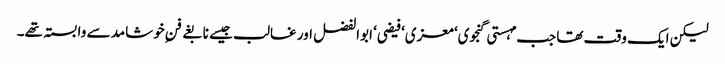
لیکن ایک وقت تھا جب مہستی گنجوی‘ معزی‘ فیضی‘ ابوالفضل اور غالب جیسے نابغے فنِ خوشامد سے وابستہ تھے۔